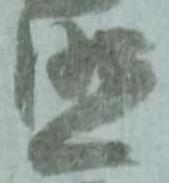
照